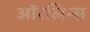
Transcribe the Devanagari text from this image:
ऑरलिन्स